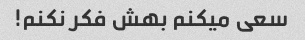
سعی میکنم بهش فکر نکنم!